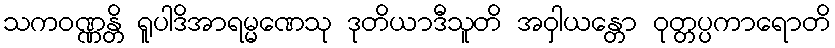
သကဝဏ္ဏန္တိ ရူပါဒိအာရမ္မဏေသု ဒုတိယာဒီသူတိ အဝှါယန္တော ဝုတ္တပ္ပကာရောတိ